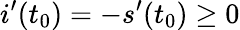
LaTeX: i^{\prime}(t_{0})=-s^{\prime}(t_{0})\geq 0